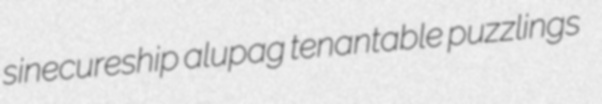
sinecureship alupag tenantable puzzlings